Annual report of the Imperial Bacteriological Laboratory, Muktesar
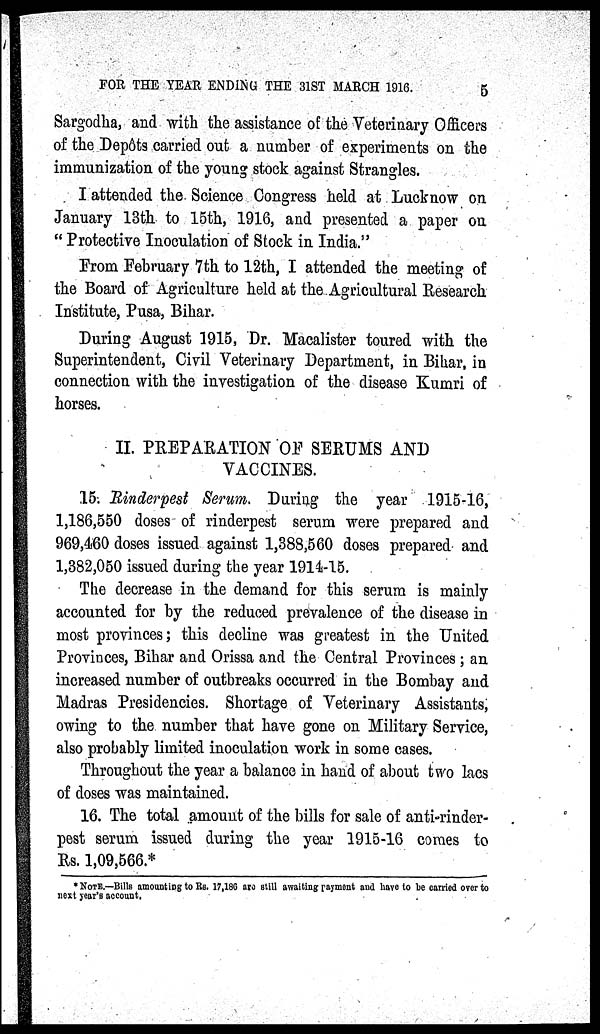
FOR THE YEAR ENDING THE 31ST MARCH 1916.
5
Sargodha, and with the assistance of the Veterinary Officers
of the Depôts carried out a number of experiments on the
immunization of the young stock against Strangles.
I attended the. Science Congress held at Lucknow on
January 13th to 15th, 1916, and presented a paper on
"Protective Inoculation of Stock in India."
From February 7th to 12th, I attended the meeting of
the Board of Agriculture held at the Agricultural Research
Institute, Pusa, Bihar.
During August 1915, Dr. Macalister toured with the
Superintendent, Civil Veterinary Department, in Bihar, in
connection with the investigation of the disease Kumri of
horses.
II. PREPARATION OF SERUMS AND
VACCINES.
15. Rinderpest Serum. During the year 1915-16,
1,186,550 doses of rinderpest serum were prepared and
969,460 doses issued against 1,388,560 doses prepared and
1,382,050 issued during the year 1914-15.
The decrease in the demand for this serum is mainly
accounted for by the reduced prevalence of the disease in
most provinces; this decline was greatest in the United
Provinces, Bihar and Orissa and the Central Provinces ; an
increased number of outbreaks occurred in the Bombay and
Madras Presidencies. Shortage of Veterinary Assistants,
owing to the number that have gone on Military Service,
also probably limited inoculation work in some cases.
Throughout the year a balance in hand of about two lacs
of doses was maintained.
16. The total amount of the bills for sale of anti-rinder-
pest serum issued during the year 1915-16 comes to
Rs. 1,09,566.*
*NOTE.—Bills amounting to Rs. 17,186 are still awaiting payment and have to be carried over to
next year's account.